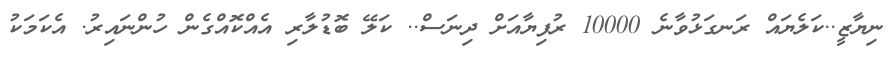
ނިޔާޒީ..ކަލެޔައް ރަނގަޅުވާނެ 10000 ރުފިޔާއަށް ދިނަސް.. ކަލޭ ބޮޑުލާރި އެއްކޮއްގެން ހުންނައިރު. އެކަމަކު